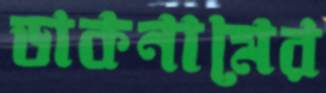
ডাকনামের